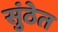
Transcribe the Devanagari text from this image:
सुंठेत